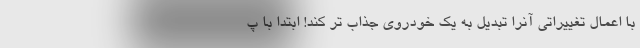
با اعمال تغییراتی آنرا تبدیل به یک خودروی جذاب تر کند! ابتدا با پ